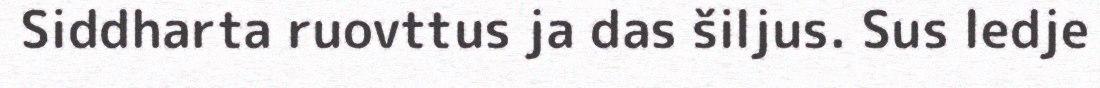
Siddharta ruovttus ja das šiljus. Sus ledje